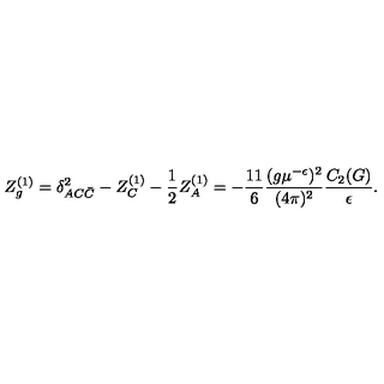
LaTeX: Z _ { g } ^ { ( 1 ) } = \delta _ { A C \bar { C } } ^ { 2 } - Z _ { C } ^ { ( 1 ) } - \frac 1 2 Z _ { A } ^ { ( 1 ) } = - \frac { 1 1 } 6 \frac { ( g \mu ^ { - \epsilon } ) ^ { 2 } } { ( 4 \pi ) ^ { 2 } } \frac { C _ { 2 } ( G ) } { \epsilon } .